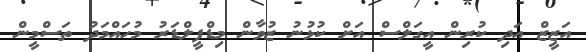
އަޒީޒް އަދި ކުރިން އީގަލްސް އަށް ކުޅުނު ޒުވާން މިޑްފީލްޑަރު މުހައްމަދު ތަސްމީން